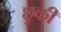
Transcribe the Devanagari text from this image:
छुकी